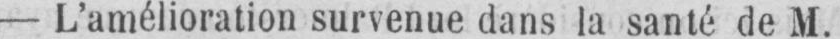
- L’amélioration survenue dans la santé de M.